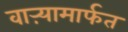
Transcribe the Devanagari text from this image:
वाऱ्यामार्फत